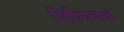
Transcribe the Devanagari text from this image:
सिंधियाशाही